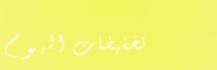
تخفيضات اليوم